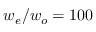
{ w _ { e } / w _ { o } = 1 0 0 }